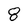
Character: 8